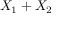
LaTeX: X _ { 1 } + X _ { 2 }